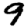
Digit: 9